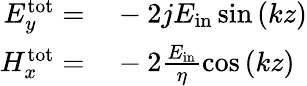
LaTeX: \begin{array}{rl}{E_{y}^{\mathrm{tot}}=}&{{}-2jE_{\mathrm{in}}\sin{\left(kz\right)}}\\ {H_{x}^{\mathrm{tot}}=}&{{}-2\frac{E_{\mathrm{in}}}{\eta}\cos{\left(kz\right)}}\end{array}